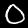
Label: 0